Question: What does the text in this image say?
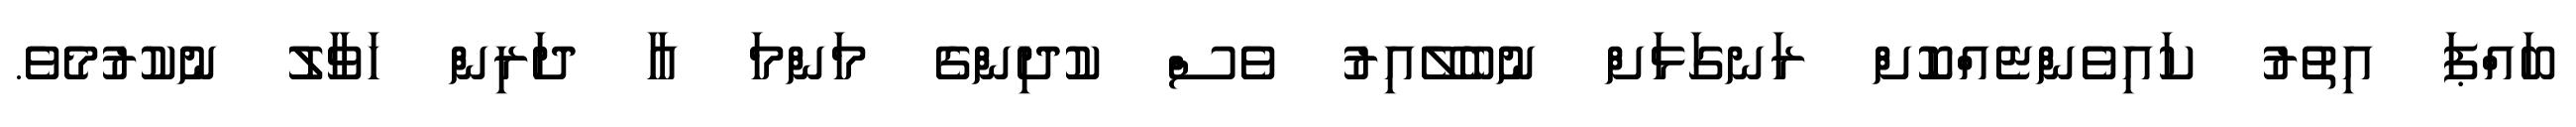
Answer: ބައްޕަ އިތުރު ކައިވެންޏެއްކޮށް ރަނގަޅަށް ނުބެލޭއިރު ވެސް ކުދިންގެ މަންމަ އާ ދަރިން ހަވާލު ނުކުރުމެވެ.